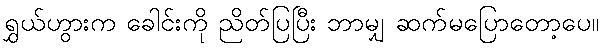
ရွှယ်ဟွားက ခေါင်းကို ညိတ်ပြပြီး ဘာမျှ ဆက်မပြောတော့ပေ။